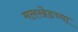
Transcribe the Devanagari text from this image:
मलखेडच्या